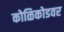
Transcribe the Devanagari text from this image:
कोळिकोडवर